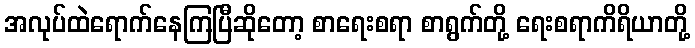
အလုပ်ထဲရောက်နေကြပြီဆိုတော့ စာရေးစရာ စာရွက်တို့ ရေးစရာကိရိယာတို့